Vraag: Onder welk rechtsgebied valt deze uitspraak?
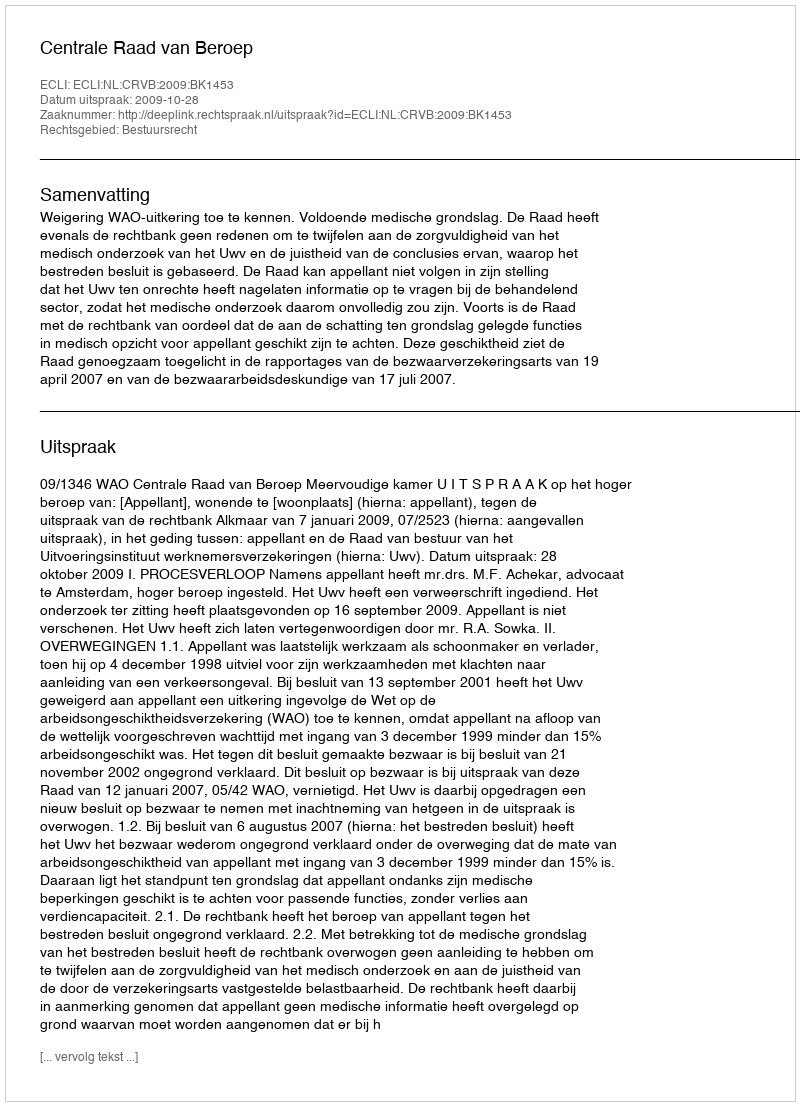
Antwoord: Bestuursrecht